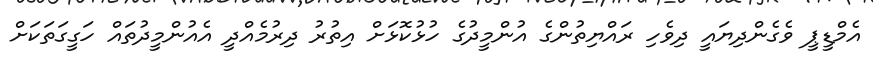
އެމްޑީޕީ ވެގެންދިޔައީ ދިވެހި ރައްޔިތުންގެ އުންމީދުގެ ހުޅުކޮޅަށް އިތުރު ދިރުމެއްދީ އެއުންމީދުތައް ހަގީގަތަކަށް